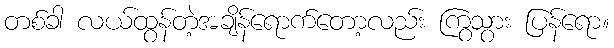
တစ်ခါ လယ်ထွန်တဲ့အချိန်ရောက်တော့လည်း ကြွသွား ပြန်ရော။